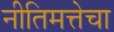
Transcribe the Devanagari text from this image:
नीतिमत्तेचा